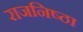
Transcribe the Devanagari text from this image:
राजनिष्ठा